Eesti_Vabariigi_Tartu_Ulikool, lk 17
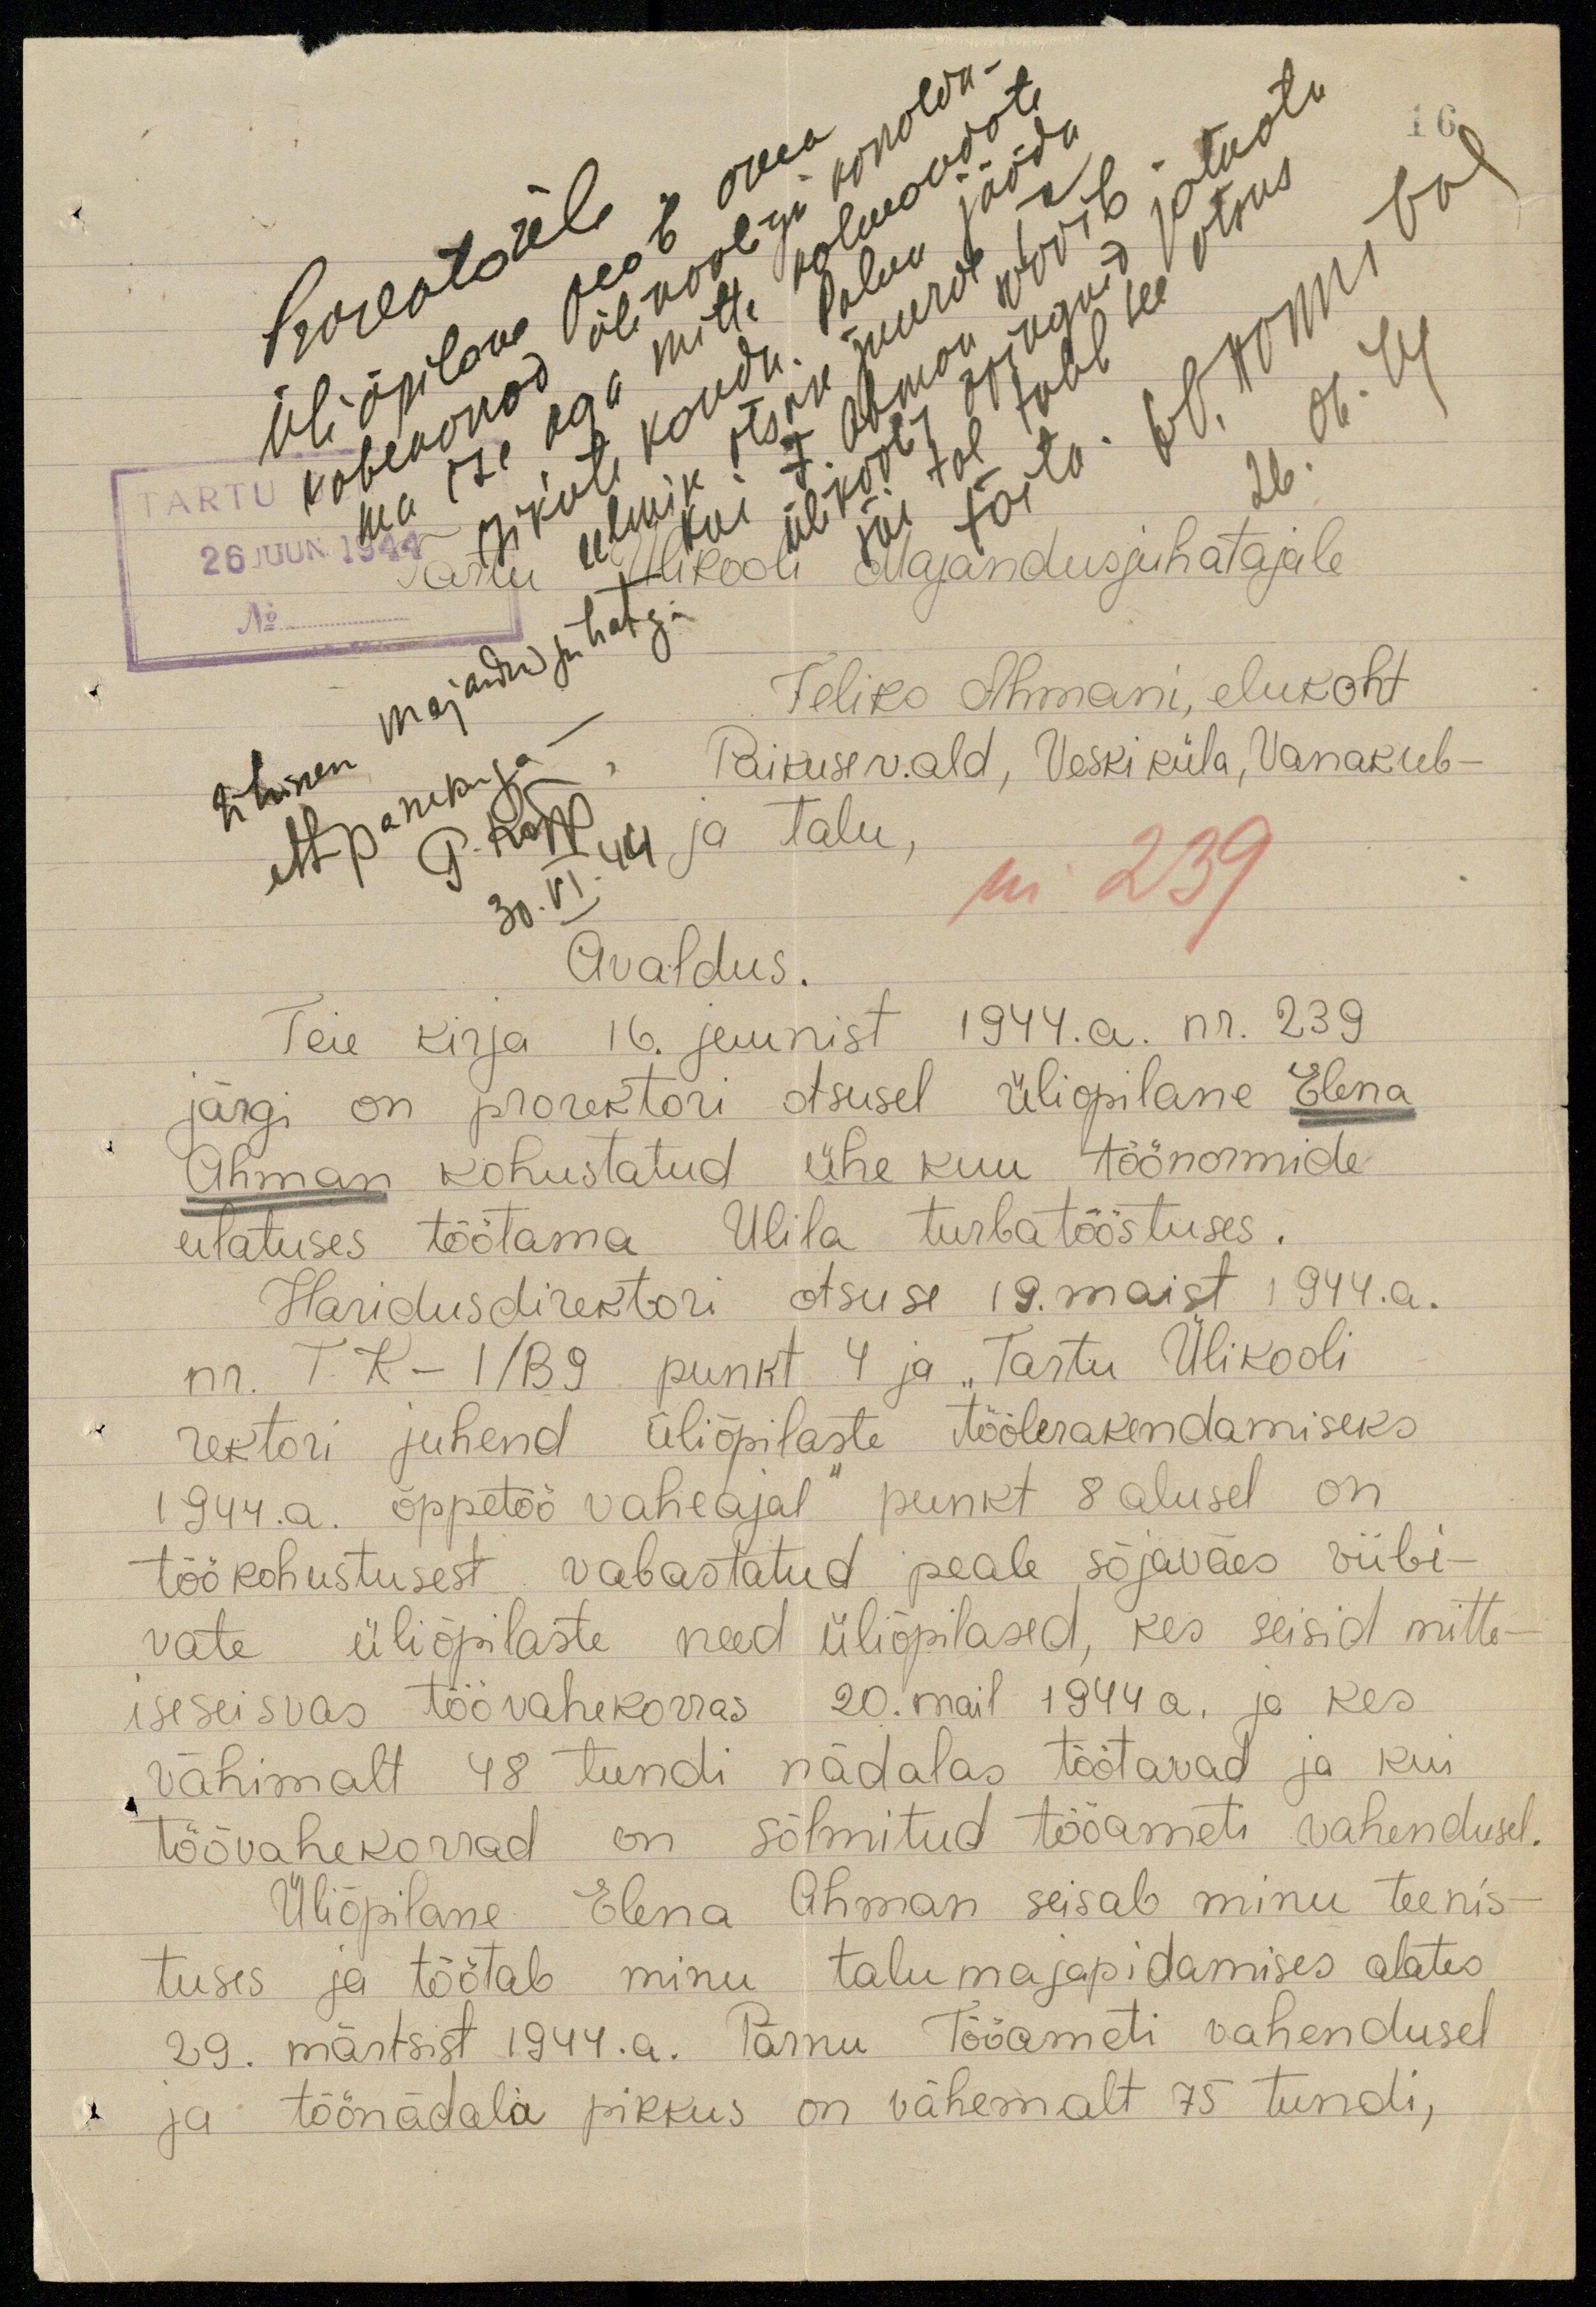
W. Hannibal
26. 06. 44
26. JUUN 1944
Tartu Ülikooli Majandusjuhatajale
Feliks Ahmani, elukoht
Paikuse v.ald, Veski küla, Vanakub-
ja talu,
P. Kõpp.
30.VI.44
Avaldus.
Ühinen
majandusjuhataja
ettepanekuga-
m 239
Teie kirja 16. juunist 1944.a. nr. 239
järgi on prorektori otsusel üliõpilane Elena
Ahman kohustatud ühe kuu töönormide
ulatuses töötama Ulila turbatööstuses.
Haridusdirektori otsuse 19. maist 1944.a.
nr. T.K-1/B9 punkt 4 ja "Tartu Ülikooli
rektori juhend üliõpilaste töölerakendamiseks
1944.a. õppetöö vaheajal" punkt 8 alusel on
töökohustusest vabastatud peale sõjaväes viibi-
vate üliõpilaste need üliõpilased, kes seisid mitte-
iseseisvas töövahekorras 20. mail 1944 a. ja kes
vähimalt 48 tundi nädalas töötavad ja kui
töövahekorrad on sõlmitud tööameti vahendusel.
Üliõpilane Elena Ahman seisab minu teenis-
tuses ja töötab minu talumajapidamises alates
29. märtsist 1944.a. Pärnu Tööameti vahendusel
ja töönädala pikkus on vähemalt 75 tundi,